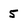
Character: 5